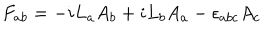
F _ { a b } = - i L _ { a } A _ { b } + i L _ { b } A _ { a } - \epsilon _ { a b c } A _ { c }